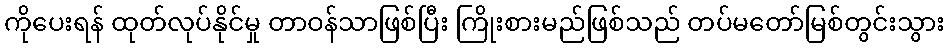
ကိုပေးရန် ထုတ်လုပ်နိုင်မှု တာဝန်သာဖြစ်ပြီး ကြိုးစားမည်ဖြစ်သည် တပ်မတော်မြစ်တွင်းသွား